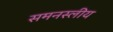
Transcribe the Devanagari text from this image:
समनस्लीय